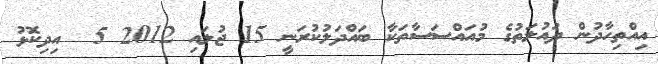
އިއްތިހާދުން ދައުލަތުގެ މުއައްސަސާތަކާ ބައްދަލުކުރަނީ 15 ޖުލައި 2012 5  އިދިކޮޅު